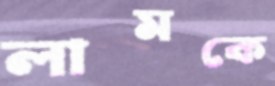
লামকে